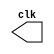
// ---------------------
//	Programao em Verilog
//
// PUC - MG
// Nome: Tiago Menegaz de Melo Garcia
//
//	Guia09	Programa1
//	Implementar um gerador de pulsos com frequncia igual  metade da frequncia do clock
//
// ---------------------

module clock ( clk );
 output clk;
 reg    clk;

 initial
  begin
   clk = 1'b0;
  end

 always
  begin
   #12 clk = ~clk;
  end
endmodule

module pulso ( sinal, clock );
 input  clock;
 output sinal;
 reg    sinal;

 always @ ( clock )
  begin
       sinal = 1'b1;
  #4  sinal = 1'b0;
  #4  sinal = 1'b1;
  #4  sinal = 1'b0;
  #4  sinal = 1'b1;
  #4  sinal = 1'b0;
  end
endmodule // pulso

module testclock01b;

 wire  clock;
 clock clk ( clock );

 reg   p;

 wire  p1,t1;

 pulso   pulso1   ( p1, clock );

 initial begin
   p = 1'b0;
 end

 initial begin
  $dumpfile ( "exercicio02.vcd" );
  $dumpvars ( 1, clock, p1, p, t1 );

  #060 p = 1'b1;
  #120 p = 1'b0;
  #180 p = 1'b1;
  #240 p = 1'b0;
  #300 p = 1'b1;
  #360 p = 1'b0;
  #376 $finish;
 end

endmodule // clock2